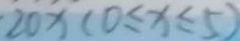
2 0 x ( 0 \leq x \leq 5 )